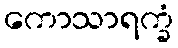
ကောသာရက္ခံ